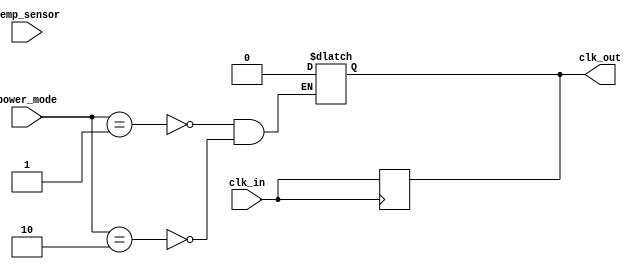
module Temp_Compensated_Clock_Buffer (
    input  wire clk_in,            // Input clock signal
    input  wire temp_sensor,       // Temperature sensor input (Digital)
    input  wire [1:0] power_mode,  // Power management input (00: Active, 01: Standby, 10: Power Down)
    output reg  clk_out            // Buffered clock output
);

// Internal variables
reg [1:0] delay_setting; // Placeholder for delay setting based on temperature
reg clk_buf;             // Internal buffered clock for processing
reg temp_adjust;        // Flag for temperature compensation
reg power_state;       // Stores the power state

// Function to simulate clock amplification and skew compensation
always @(posedge clk_in) begin
    if (temp_sensor) begin
        // Assume higher temperature affects delay
        // Example logic for adjusting delay_setting based on temp_sensor
        case (temp_sensor)
            2'b00: delay_setting <= 2'b00; // Low temp
            2'b01: delay_setting <= 2'b01; // Medium temp
            2'b10: delay_setting <= 2'b10; // High temp
            default: delay_setting <= 2'b00; // Default case
        endcase

        // Simulate temperature adjustment for clock signal integrity
        temp_adjust <= (temp_sensor < 2'b10) ? 1'b1 : 1'b0;

        // Generate buffered clock signal with delay settings and temp compensation
        clk_buf <= clk_in;
    end
    else begin
        clk_buf <= clk_in; // Direct pass through in case of no temp data
    end
end

// Output clock with minimal jitter and amplification
assign clk_out = clk_buf;

// Power management logic
always @(power_mode) begin
    case (power_mode)
        2'b00: power_state = 1'b1; // Active mode
        2'b01: begin
            power_state = 1'b0; // Standby mode
            clk_out = 0;        // Disabling clock output to save power
        end
        2'b10: begin
            power_state = 1'b0; // Power down
            clk_out = 0;        // Disabling clock output
        end
        default: power_state = 1'b1; // Default to active
    endcase
end

endmodule